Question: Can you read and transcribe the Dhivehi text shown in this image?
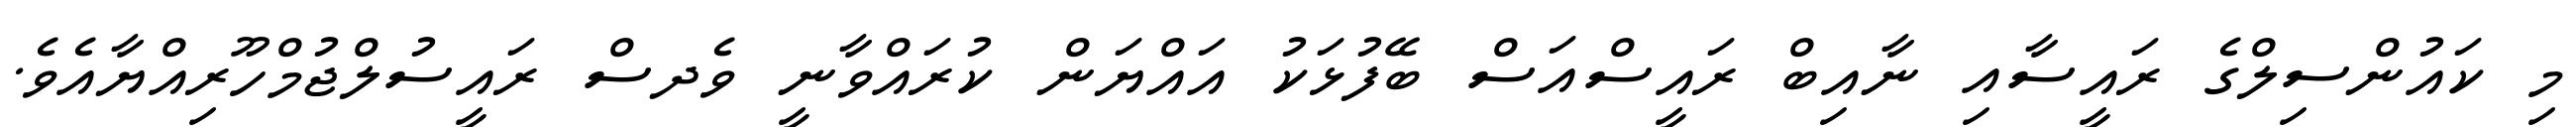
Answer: މި ކައުންސިލްގެ ރައީސާއި ނާއިބް ރައީސްއަސް ބޭފުޅަކު އައްޔަން ކުރައްވާނީ ވެދސް ރައީސުލްޖުމްހޫރިއްޔާއެވެ.